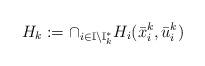
LaTeX: \begin{align*} H_k:=\cap_{i\in \mathbb{I}\setminus \mathbb{I}_k^*}H_i( \bar{x}_{i}^{k},\bar{u}_i^k)\end{align*}